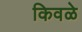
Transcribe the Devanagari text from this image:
किवळे